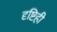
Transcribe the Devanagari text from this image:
दृष्टिही